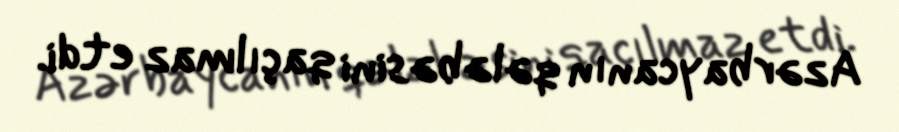
Azərbaycanın qələbəsini qaçılmaz etdi.